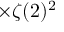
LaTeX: \times \zeta ( 2 ) ^ { 2 }